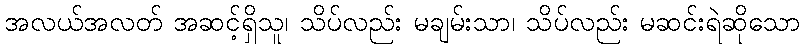
အလယ်အလတ် အဆင့်ရှိသူ၊ သိပ်လည်း မချမ်းသာ၊ သိပ်လည်း မဆင်းရဲဆိုသော